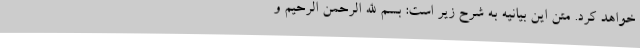
خواهد کرد. متن این بیانیه به شرح زیر است: بسم الله الرحمن الرحیم وَ